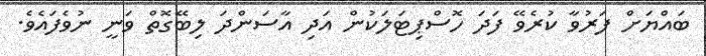
ބައްޔަށް ފަރުވާ ކުރެވޭ ފަދަ ހޮސްޕިޓަލަކުން އަދި އާސަންދަ ލިބޭގޮތް ވަނީ ނުވެފައެވެ.